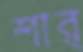
শার্